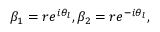
\beta _ { 1 } = r e ^ { i \theta _ { l } } , \beta _ { 2 } = r e ^ { - i \theta _ { l } } ,